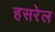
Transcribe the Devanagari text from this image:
हसरेल